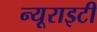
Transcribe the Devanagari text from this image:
न्यूराइटी